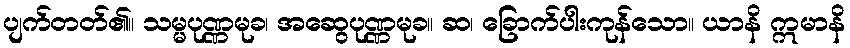
ပျက်တတ်၏။ သမ္မပုဏ္ဏမုခ၊ အဆွေပုဏ္ဏမုခ။ ဆ၊ ခြောက်ပါးကုန်သော။ ယာနိ ဣမာနိ